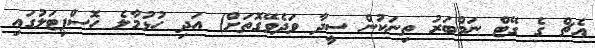
އެޗް ގެ ގޭޓް ނަމްބަރު ތިނަކުން ސީދާ ވަދެވޭގޮތަށް) އަދި ހުޅުމާލެ ހޮސްޕިޓަލުގައި